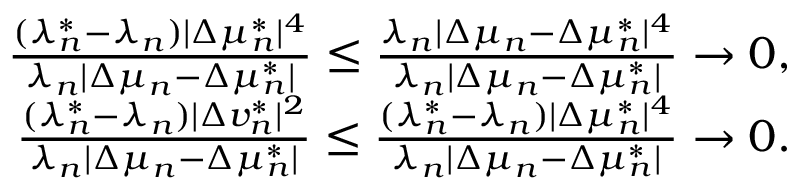
\begin{array} { r } { \frac { ( \lambda _ { n } ^ { * } - \lambda _ { n } ) | \Delta \mu _ { n } ^ { * } | ^ { 4 } } { \lambda _ { n } | \Delta \mu _ { n } - \Delta \mu _ { n } ^ { * } | } \leq \frac { \lambda _ { n } | \Delta \mu _ { n } - \Delta \mu _ { n } ^ { * } | ^ { 4 } } { \lambda _ { n } | \Delta \mu _ { n } - \Delta \mu _ { n } ^ { * } | } \to 0 , } \\ { \frac { ( \lambda _ { n } ^ { * } - \lambda _ { n } ) | \Delta v _ { n } ^ { * } | ^ { 2 } } { \lambda _ { n } | \Delta \mu _ { n } - \Delta \mu _ { n } ^ { * } | } \leq \frac { ( \lambda _ { n } ^ { * } - \lambda _ { n } ) | \Delta \mu _ { n } ^ { * } | ^ { 4 } } { \lambda _ { n } | \Delta \mu _ { n } - \Delta \mu _ { n } ^ { * } | } \to 0 . } \end{array}